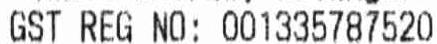
GST REG NO: 001335787520